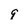
Character: 8